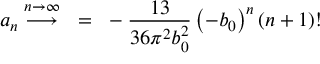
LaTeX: a _ { n } \stackrel { n \rightarrow \infty } { \longrightarrow } ~ = ~ - { \frac { 1 3 } { 3 6 \pi ^ { 2 } b _ { 0 } ^ { 2 } } } \left( - b _ { 0 } \right) ^ { n } ( n + 1 ) !